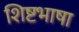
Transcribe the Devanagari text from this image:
शिष्टभाषा